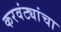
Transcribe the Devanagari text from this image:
करवंट्यांचा